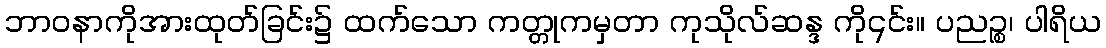
ဘာဝနာကိုအားထုတ်ခြင်း၌ ထက်သော ကတ္တုကမှတာ ကုသိုလ်ဆန္ဒ ကို၎င်း။ ပညဉ္စ၊ ပါရိယ